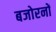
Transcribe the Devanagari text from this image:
बजोरनों